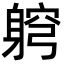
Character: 䠻